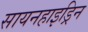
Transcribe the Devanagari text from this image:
सायनहाइड्रिन